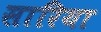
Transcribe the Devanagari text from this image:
सारिया